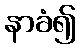
နာခံ၍